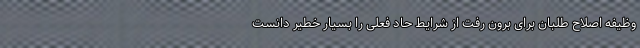
وظیفه اصلاح طلبان برای برون رفت از شرایط حاد فعلی را بسیار خطیر دانست